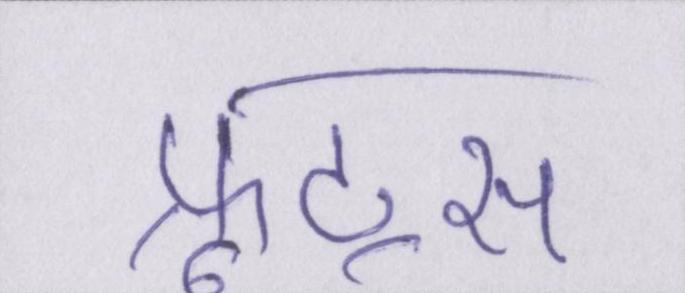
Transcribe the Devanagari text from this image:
फ्रूट्स